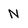
Character: N